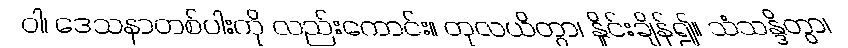
ဝါ၊ ဒေသနာတစ်ပါးကို လည်းကောင်း။ တုလယိတွာ၊ နှိုင်းချိန်၍။ သံသန္ဒိတွာ၊